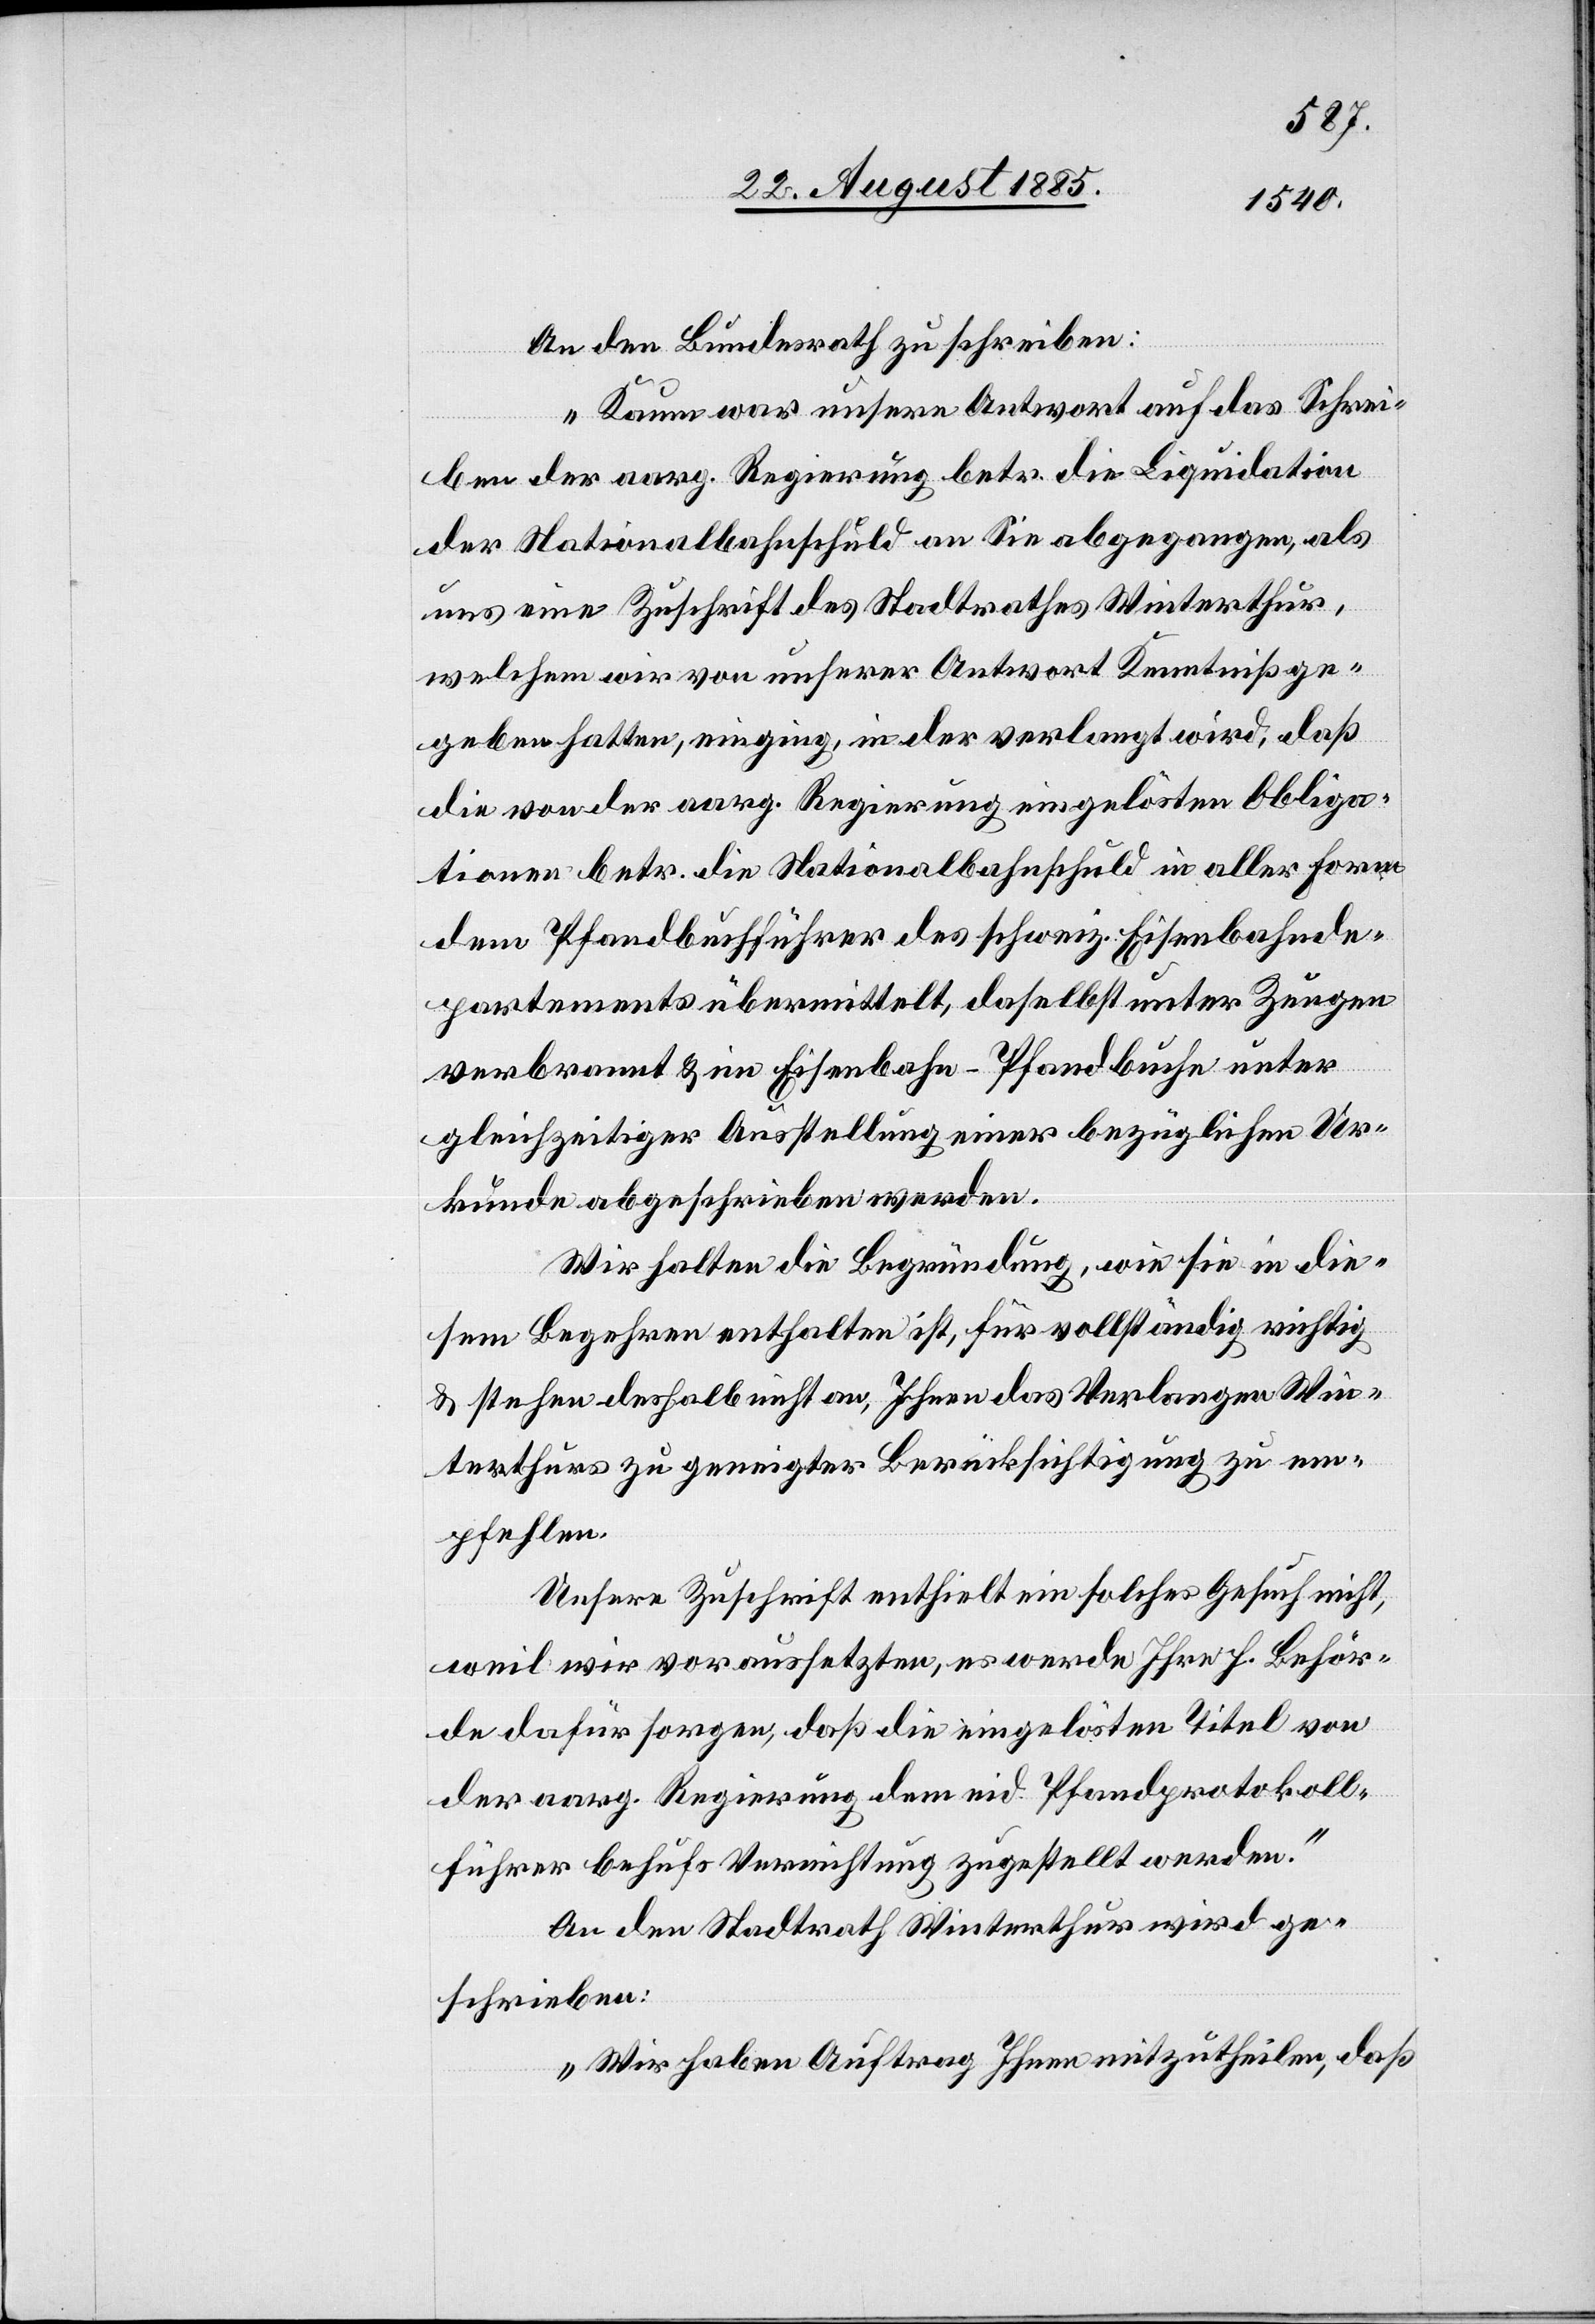
An den Bundesrath zu schreiben:
„Kaum war unsere Antwort auf das Schrei¬
als
uns eine Zuschrift des Stadtrathes Winterthur,
welchem wir von unserer Antwort Kenntniß ge¬
geben hatten, einging, in der verlangt wird, daß
die von der aarg. Regierung eingelösten Obliga¬
tionen betr. die Nationalbahnschuld in aller Form
dem Pfandbuchführer des schweiz. Eisenbahnde¬
partements übermittelt, daselbst unter Zeugen
verbrannt & im Eisenbahn-Pfandbuche unter
gleichzeitiger Ausstellung einer bezüglichen Ur¬
kunde abgeschrieben werden.
Wir halten die Begründung, wie sie in die¬
sem Begehren enthalten ist, für vollständig richtig
& stehen deshalb nicht an, Ihnen das Verlangen Win¬
terthurs zu geneigter Berücksichtigung zu em¬
pfehlen.
Unsere Zuschrift enthielt ein solches Gesuch nicht,
weil wir voraussetzen, es werde Ihre h. Behör¬
de dafür sorgen, daß die eingelösten Titel von
der aarg. Regierung dem eid. Pfandprotokoll¬
führer behufs Vernchtung zugestellt werden.“
An den Stadtrath Winterthur wird ge¬
schrieben:
„Wir haben Auftrag Ihnen mitzutheilen, daß